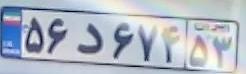
۵۶د۶۷۴۵۳